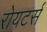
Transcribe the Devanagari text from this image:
रोयटर्स